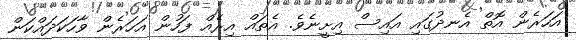
އަހަރެން އޮތް އެނދުގައި އައިސް އިށީނެވެ. އެތައް އިރެއް ފަހުން އަހަރެން ވާހަކަދައްކަން